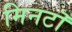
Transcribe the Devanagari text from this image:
मिनटॊ